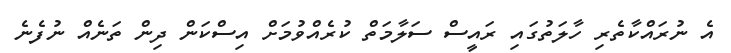
އެ ނުރައްކާތެރި ހާލަތުގައި ރައީސް ސަލާމަތް ކުރެއްވުމަށް އިސްކަން ދިން ތަނެއް ނުފެނެ